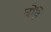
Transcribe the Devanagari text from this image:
घोंड़े